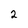
Character: 2